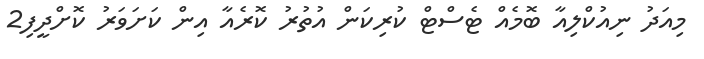
މިއަދު ނިއުކްލިއާ ބޮމެއް ޓެސްޓް ކުރިކަން އުތުރު ކޮރެއާ އިން ކަށަވަރު ކޮށްދީފި2